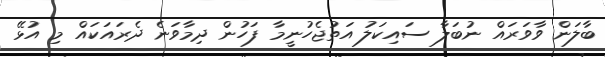
ބާލަން ވާވަރައް ނުބަލާ ސައިކަލު އަތުޖެހުނީމާ ފަހުން ދިމާވަނެ ދެރައަކައް މި އުޅޭ